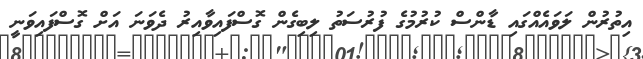
އިތުރުން ލަވައެއްގައި ޑާންސް ކުރުމުގެ ފުރުސަތު ލިބިގެން ގޮސްފައިވާއިރު ދެވަނަ އަށް ގޮސްފައިވަނީ